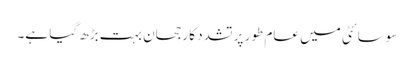
سوسائٹی میں عام طور پر تشدد کا رجحان بہت بڑھ گیا ہے۔